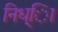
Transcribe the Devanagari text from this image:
निध्ाि